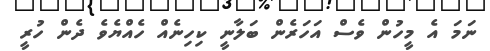
ނަމަ އެ މީހުން ވެސް އަހަރެން ބަލާނީ ކިހިނެއް ހެއްޔެވެ ދެން ހުރީ